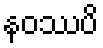
နဝဿပိ